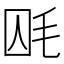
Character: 𣭃